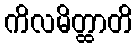
ကိလမိတ္ထာတိ